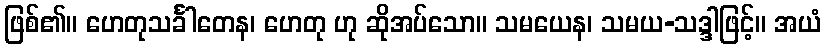
ဖြစ်၏။ ဟေတုသင်္ခါတေန၊ ဟေတု ဟု ဆိုအပ်သော။ သမယေန၊ သမယ-သဒ္ဒါဖြင့်။ အယံ